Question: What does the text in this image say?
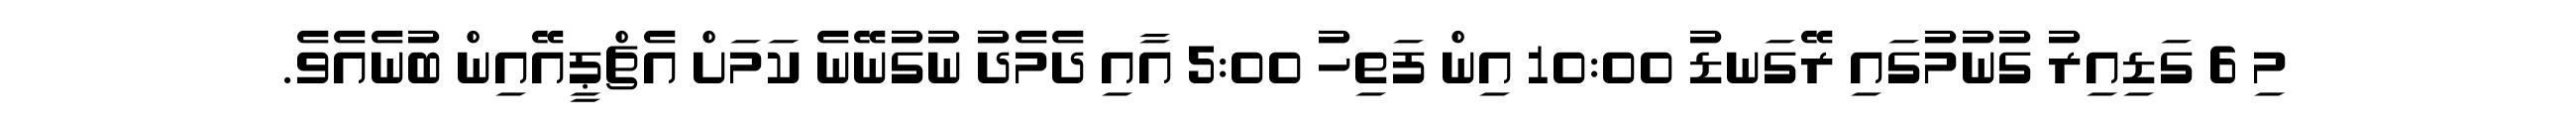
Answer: މި 6 ގަޑިއިރު ގުނުމުގައި ރޭގަނޑު 10:00 އިން ފަތިހު 5:00 އާއި ދެމެދު ނުގުނޭނެ ކަމަށް އެޗްޕީއޭއިން ބުނެއެވެ.